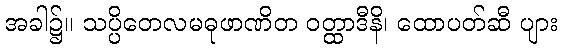
အခါ၌။ သပ္ပိတေလမဓုဖာဏိတ ဝတ္ထာဒီနိ၊ ထောပတ်ဆီ ပျား